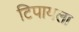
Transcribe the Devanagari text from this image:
टिपायला